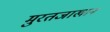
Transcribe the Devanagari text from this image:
मुरतजाखान